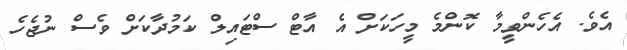
އެވެ. އެހެންވީމާ ކޮންމެ މީހަކަށް އެ އާޓް ސްޓައިލް ކަމުދާކަށް ވެސް ނުޖެހެ